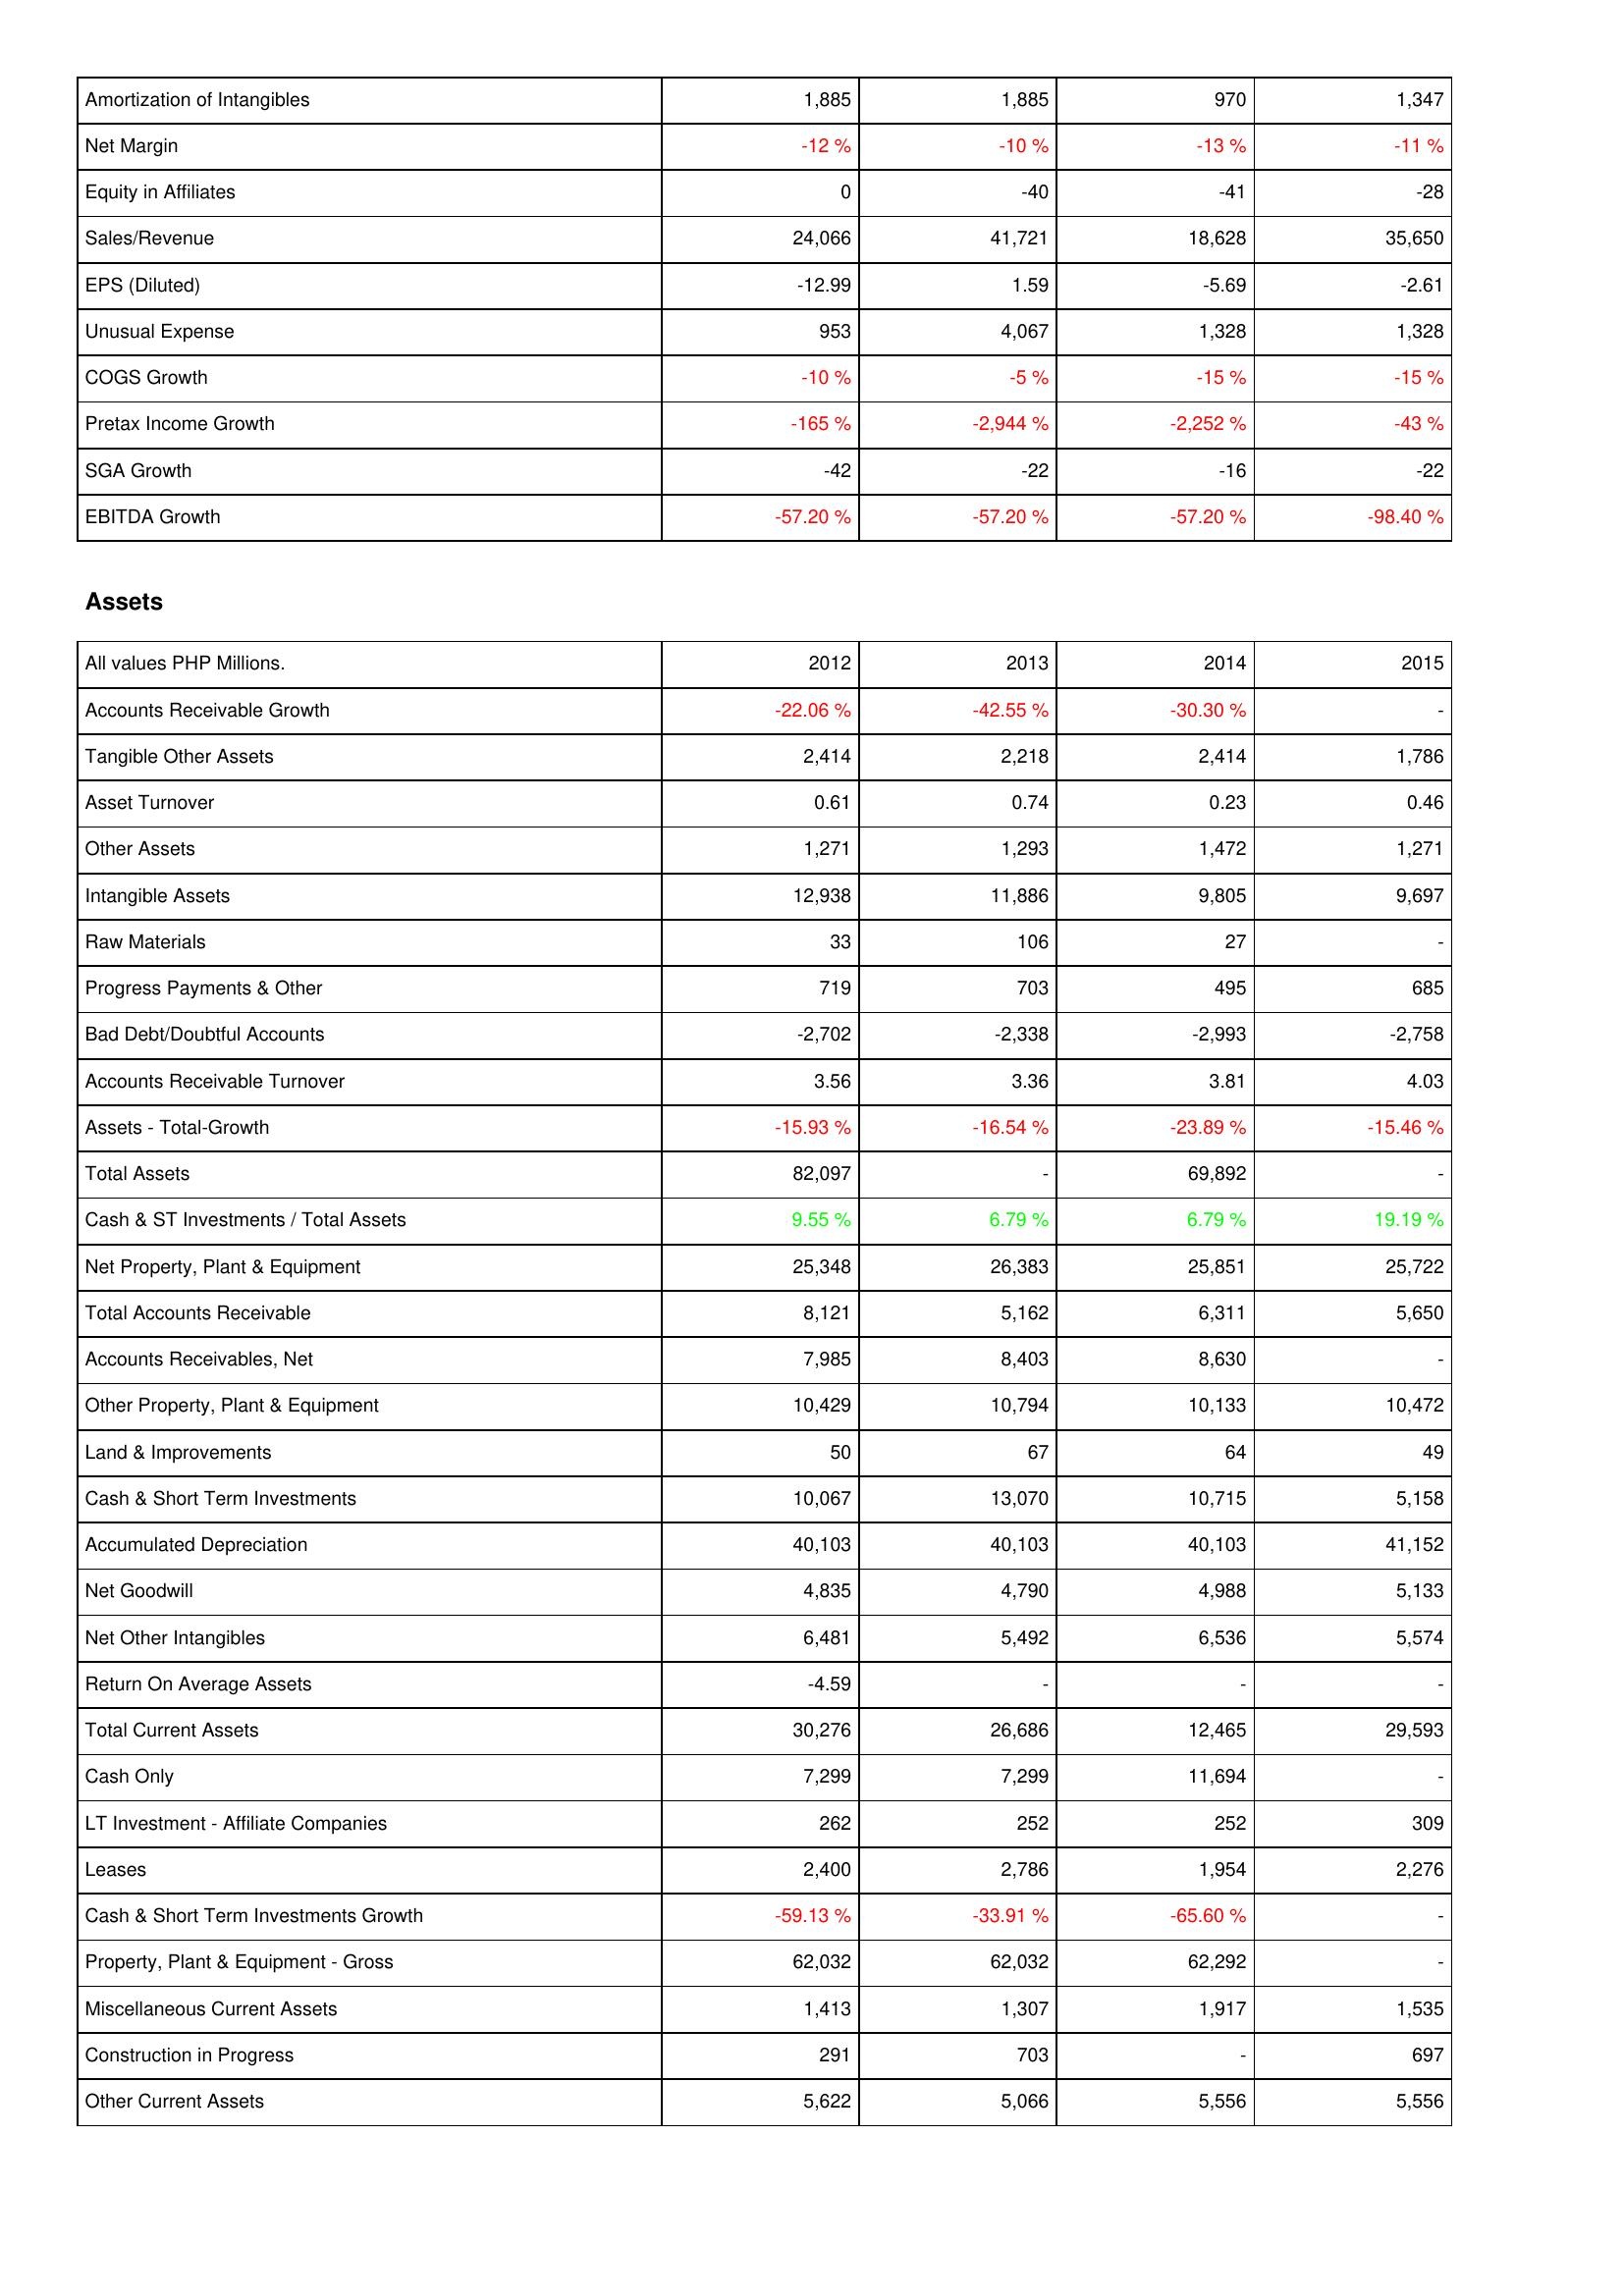
2012: Income Statement: Amortization of Intangibles: 1,885
Net Margin: -12 %
Equity in Affiliates: 0
Sales/Revenue: 24,066
EPS (Diluted): -12.99
Unusual Expense: 953
COGS Growth: -10 %
Pretax Income Growth: -165 %
SGA Growth: -42
EBITDA Growth: -57.20 %
Assets: Accounts Receivable Growth: -22.06 %
Tangible Other Assets: 2,414
Asset Turnover: 0.61
Other Assets: 1,271
Intangible Assets: 12,938
Raw Materials: 33
Progress Payments & Other: 719
Bad Debt/Doubtful Accounts: -2,702
Accounts Receivable Turnover: 3.56
Assets - Total-Growth: -15.93 %
Total Assets: 82,097
Cash & ST Investments / Total Assets: 9.55 %
Net Property, Plant & Equipment: 25,348
Total Accounts Receivable: 8,121
Accounts Receivables, Net: 7,985
Other Property, Plant & Equipment: 10,429
Land & Improvements: 50
Cash & Short Term Investments: 10,067
Accumulated Depreciation: 40,103
Net Goodwill: 4,835
Net Other Intangibles: 6,481
Return On Average Assets: -4.59
Total Current Assets: 30,276
Cash Only: 7,299
LT Investment - Affiliate Companies: 262
Leases: 2,400
Cash & Short Term Investments Growth: -59.13 %
Property, Plant & Equipment - Gross: 62,032
Miscellaneous Current Assets: 1,413
Construction in Progress: 291
Other Current Assets: 5,622
2013: Income Statement: Amortization of Intangibles: 1,885
Net Margin: -10 %
Equity in Affiliates: -40
Sales/Revenue: 41,721
EPS (Diluted): 1.59
Unusual Expense: 4,067
COGS Growth: -5 %
Pretax Income Growth: -2,944 %
SGA Growth: -22
EBITDA Growth: -57.20 %
Assets: Accounts Receivable Growth: -42.55 %
Tangible Other Assets: 2,218
Asset Turnover: 0.74
Other Assets: 1,293
Intangible Assets: 11,886
Raw Materials: 106
Progress Payments & Other: 703
Bad Debt/Doubtful Accounts: -2,338
Accounts Receivable Turnover: 3.36
Assets - Total-Growth: -16.54 %
Total Assets: -
Cash & ST Investments / Total Assets: 6.79 %
Net Property, Plant & Equipment: 26,383
Total Accounts Receivable: 5,162
Accounts Receivables, Net: 8,403
Other Property, Plant & Equipment: 10,794
Land & Improvements: 67
Cash & Short Term Investments: 13,070
Accumulated Depreciation: 40,103
Net Goodwill: 4,790
Net Other Intangibles: 5,492
Return On Average Assets: -
Total Current Assets: 26,686
Cash Only: 7,299
LT Investment - Affiliate Companies: 252
Leases: 2,786
Cash & Short Term Investments Growth: -33.91 %
Property, Plant & Equipment - Gross: 62,032
Miscellaneous Current Assets: 1,307
Construction in Progress: 703
Other Current Assets: 5,066
2014: Income Statement: Amortization of Intangibles: 970
Net Margin: -13 %
Equity in Affiliates: -41
Sales/Revenue: 18,628
EPS (Diluted): -5.69
Unusual Expense: 1,328
COGS Growth: -15 %
Pretax Income Growth: -2,252 %
SGA Growth: -16
EBITDA Growth: -57.20 %
Assets: Accounts Receivable Growth: -30.30 %
Tangible Other Assets: 2,414
Asset Turnover: 0.23
Other Assets: 1,472
Intangible Assets: 9,805
Raw Materials: 27
Progress Payments & Other: 495
Bad Debt/Doubtful Accounts: -2,993
Accounts Receivable Turnover: 3.81
Assets - Total-Growth: -23.89 %
Total Assets: 69,892
Cash & ST Investments / Total Assets: 6.79 %
Net Property, Plant & Equipment: 25,851
Total Accounts Receivable: 6,311
Accounts Receivables, Net: 8,630
Other Property, Plant & Equipment: 10,133
Land & Improvements: 64
Cash & Short Term Investments: 10,715
Accumulated Depreciation: 40,103
Net Goodwill: 4,988
Net Other Intangibles: 6,536
Return On Average Assets: -
Total Current Assets: 12,465
Cash Only: 11,694
LT Investment - Affiliate Companies: 252
Leases: 1,954
Cash & Short Term Investments Growth: -65.60 %
Property, Plant & Equipment - Gross: 62,292
Miscellaneous Current Assets: 1,917
Construction in Progress: -
Other Current Assets: 5,556
2015: Income Statement: Amortization of Intangibles: 1,347
Net Margin: -11 %
Equity in Affiliates: -28
Sales/Revenue: 35,650
EPS (Diluted): -2.61
Unusual Expense: 1,328
COGS Growth: -15 %
Pretax Income Growth: -43 %
SGA Growth: -22
EBITDA Growth: -98.40 %
Assets: Accounts Receivable Growth: -
Tangible Other Assets: 1,786
Asset Turnover: 0.46
Other Assets: 1,271
Intangible Assets: 9,697
Raw Materials: -
Progress Payments & Other: 685
Bad Debt/Doubtful Accounts: -2,758
Accounts Receivable Turnover: 4.03
Assets - Total-Growth: -15.46 %
Total Assets: -
Cash & ST Investments / Total Assets: 19.19 %
Net Property, Plant & Equipment: 25,722
Total Accounts Receivable: 5,650
Accounts Receivables, Net: -
Other Property, Plant & Equipment: 10,472
Land & Improvements: 49
Cash & Short Term Investments: 5,158
Accumulated Depreciation: 41,152
Net Goodwill: 5,133
Net Other Intangibles: 5,574
Return On Average Assets: -
Total Current Assets: 29,593
Cash Only: -
LT Investment - Affiliate Companies: 309
Leases: 2,276
Cash & Short Term Investments Growth: -
Property, Plant & Equipment - Gross: -
Miscellaneous Current Assets: 1,535
Construction in Progress: 697
Other Current Assets: 5,556